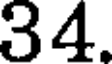
34.